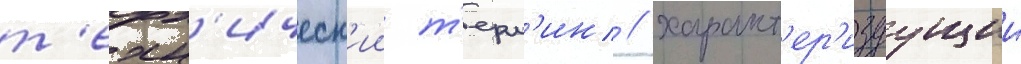
т'ехн'ическ'ии т'ерм'ин / характ'ер'изуущии